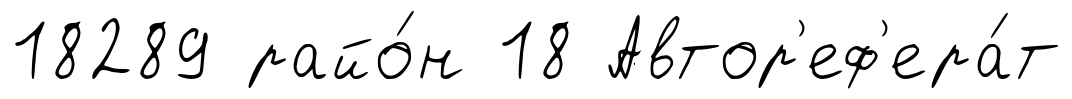
18289 райо́н 18 Автор'еф'ера́т